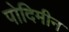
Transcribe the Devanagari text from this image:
पोदिमीन